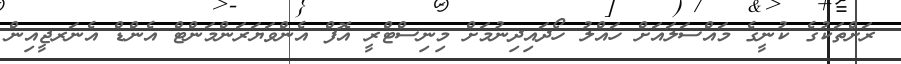
ރަށްތަކުގެ ކުނީގެ މައްސަލައަށް ހައްލު ހޯދައިދިނުމަށް މިނިސްޓްރީ އޮފް އެންވަޔަރަންމަންޓް އެންޑް އެނަރޖީއިން